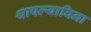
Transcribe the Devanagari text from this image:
थापल्याविना